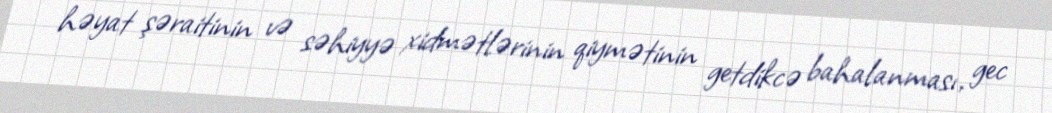
həyat şəraitinin və səhiyyə xidmətlərinin qiymətinin getdikcə bahalanması, gec